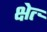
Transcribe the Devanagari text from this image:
क्षेत्र्‍